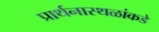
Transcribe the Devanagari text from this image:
प्रार्थनास्थळांकडे